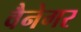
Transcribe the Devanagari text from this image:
वैनेगर